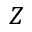
Z